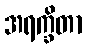
အရက္ခိတာ